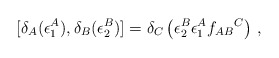
\begin{align*}[\delta_A( \epsilon_1^A),\delta_B(\epsilon_2^B)] =\delta_C\left(\epsilon_2^B\epsilon_1^A f_{AB}{}^C\right) \,,\end{align*}